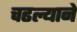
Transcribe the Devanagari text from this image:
चढल्याने